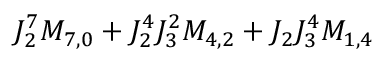
J _ { 2 } ^ { 7 } M _ { 7 , 0 } + J _ { 2 } ^ { 4 } J _ { 3 } ^ { 2 } M _ { 4 , 2 } + J _ { 2 } J _ { 3 } ^ { 4 } M _ { 1 , 4 }